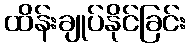
ထိန်းချုပ်နိုင်ခြင်း